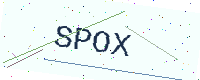
Text: SPOX